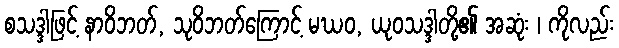
စသဒ္ဒါဖြင့် နာဝိဘတ်, သုဝိဘတ်ကြောင့် မဃဝ, ယုဝသဒ္ဒါတို့၏ အဆုံး ၊ ကိုလည်း